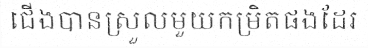
ជើងបានស្រួលមួយកម្រិតផងដែរ